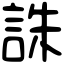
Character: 誅